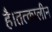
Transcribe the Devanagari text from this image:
है।तत्कालीन